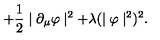
+ \frac { 1 } { 2 } \mid \partial _ { \mu } \varphi \mid ^ { 2 } + \lambda ( \mid \varphi \mid ^ { 2 } ) ^ { 2 } .